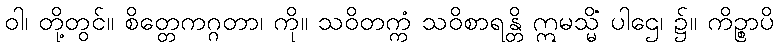
ဝါ၊ တို့တွင်။ စိတ္တေကဂ္ဂတာ၊ ကို။ သဝိတက္ကံ သဝိစာရန္တိ ဣမသ္မိံ ပါဌေ၊ ၌။ ကိဉ္စာပိ